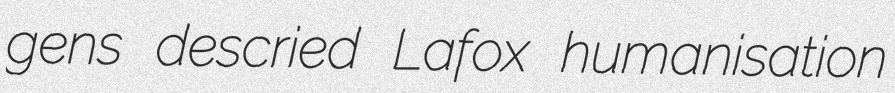
gens descried Lafox humanisation